Report on sanitation, dispensaries, and jails in Rajputana for 1921, and on vaccination for the year 1921-1922 - 1921-1922
Year: 1921
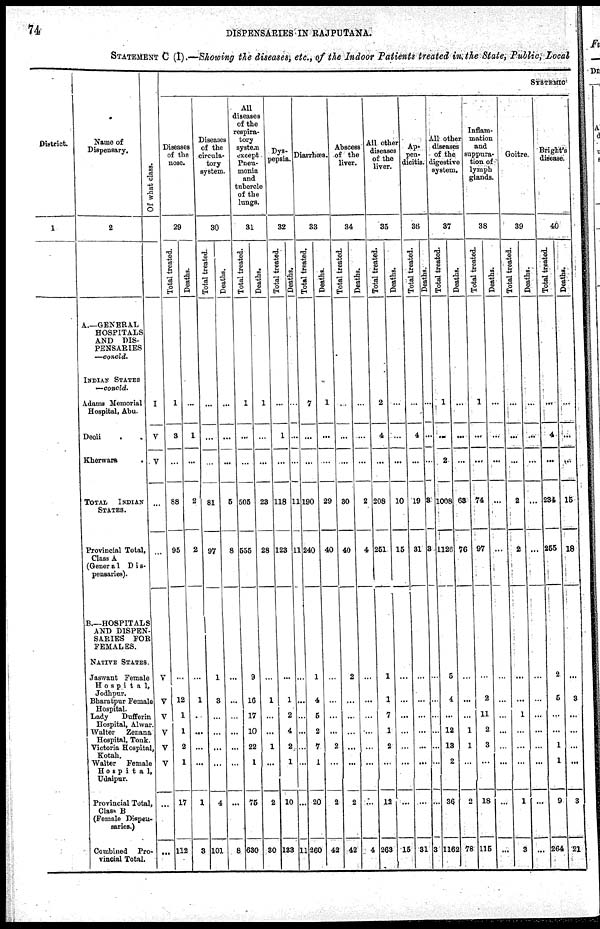
74
DISPENSARIES IN RAJPUTANA.
STATEMENT C (I)—Showing the diseases, etc., of the Indoor Patients treated in the State, Public, L
District.
1
Name of
Dispensary.
2
A—GENERAL
HOSPITALS
AND DIS-
PENSARIES
—concld.
INDIAN STATES
—conold.
Adams Memorial
Hospital, Abu.
Deoli..
Khorwara.
TOTAL INDIAN
STATES.
Provincial Total,
Class A
(General Dis-
pensaries).
B.—HOSPITALS
AND DISPEN-
SARIES FOR
FEMALES.
NATIVE STATES.
Jaswant Female
Hospital,
Jodhpur.
Bharatpur Female
Hospital.
Lady
Dufferin
Hospital, Alwar.
Walter
Zenana
Hospital, Tonk.
Victoria Hospital,
Kotah.
Walter Female
Hospital,
Udaipur.
Provincial Total,
Class B
(Female Dispen-
saries.)
Combined Pro-
vincial Total.
Of what class.
I
V
V
...
...
V
V
V
V
V
V
...
...
SYSTEMIC
Diseases
of the
nose.
29
Tot al t r eat ed.
1
3
...
88
95
...
12
1
1
2
1
17
112
Deaths.
...
1
...
2
2
...
1
...
...
...
...
1
3
Diseases
of the
circula-
tory
system.
30
Total treated.
...
...
...
81
97
1
8
...
...
...
...
4
101
Deaths.
...
...
...
5
8
...
...
...
...
...
...
...
8
All
diseases
of the
respira-
tory
system
except
Pneu-
monia
and
tubercle
of the
lungs.
31
Total treated.
1
...
...
505
555
9
16
17
10
22
1
75
630
Deaths.
1
...
...
23
28
...
1
...
...
1
...
2
30
Dys-
pepsia.
32
Total treated.
...
1
...
118
123
...
1
2
4
2
1
10
133
Deaths.
...
...
...
11
11
...
...
...
...
...
...
...
11
Diarrhœa.
33
Total treated.
7
...
...
190
240
1
4
5
2
7
1
20
260
Deaths.
1
...
...
29
40
...
...
...
...
2
...
2
42
Abscess
of the
liver.
34
Total treated.
...
...
...
30
40
2
...
...
...
...
...
2
42
Deaths.
...
...
...
2
4
...
...
...
...
...
...
...
4
All other
diseases
of the
liver.
35
Total treated.
2
4
...
208
251
1
1
7
1
2
...
12
263
Deaths.
...
...
...
10
15
...
...
...
...
...
...
...
15
Ap¬
pen¬
dicitis.
36
Total treated.
...
4
...
19
31
...
...
...
...
...
...
...
31
Deaths.
...
...
...
3
3
...
...
...
...
...
...
...
3
All other
diseases
of the
digestive
system.
37
Total treated.
...
...
2
1008
1126
5
4
...
12
13
2
36
1162
Deaths.
...
...
...
63
76
...
...
...
1
1
...
2
78
Inflam-
mation
and
suppura-
tion of
lymph
glands.
38
Total treated.
1
...
...
74
97
...
2
11
2
3
...
18
115
Deaths.
...
...
...
...
...
...
...
...
...
...
...
...
...
Goitre.
39
Total treated.
...
...
...
2
2
...
...
1
...
...
...
1
3
Deaths.
...
...
...
...
...
...
...
...
...
...
...
...
...
Bright's
disease.
40
Total treated.
...
4
...
234
255
2
5
...
...
1
1
9
264
Deaths.
...
...
...
15
18
...
3
...
...
...
...
3
21